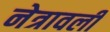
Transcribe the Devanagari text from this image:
नेत्रावली